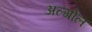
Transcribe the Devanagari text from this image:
अल्गोल